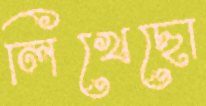
লিখেছো